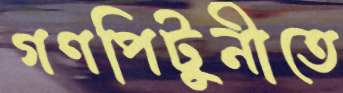
গণপিটুনীতে